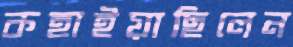
কহাইয়াছিলেন